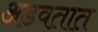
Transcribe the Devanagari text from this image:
अडवतात